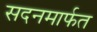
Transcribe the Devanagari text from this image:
सदनमार्फत